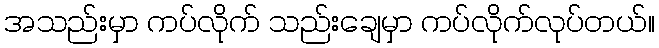
အသည်းမှာ ကပ်လိုက် သည်းချေမှာ ကပ်လိုက်လုပ်တယ်။